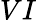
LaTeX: VI